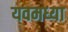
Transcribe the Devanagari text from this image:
यवमध्या